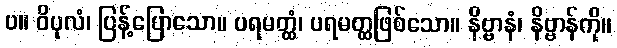
ပ။ ဝိပုလံ၊ ပြန့်ပြောသော။ ပရမတ္ထံ၊ ပရမတ္ထဖြစ်သော။ နိဗ္ဗာနံ၊ နိဗ္ဗာန်ကို။